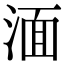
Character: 湎